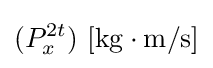
(P_{x}^{2t})\ \mathrm {[kg\cdot m/s]}